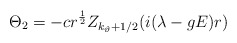
\begin{align*}\Theta _2=-cr^{\frac 12}Z_{k_\vartheta +1/2}(i(\lambda -gE)r)\end{align*}